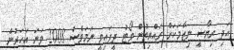
އަދި ރިޔާސީ ނިޒާމަކަށް ރައްޔިތުން ވޯޓު ދީފައިވީ ނަމަވެސް 2008 ވަނަ އަހަރުން